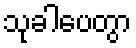
သုခါပေတွာ